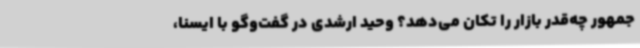
جمهور چه‌قدر بازار را تکان می‌دهد؟ وحید ارشدی در گفت‌وگو با ایسنا،